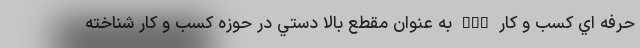
حرفه اي كسب و كار DBA به عنوان مقطع بالا دستي در حوزه كسب و كار شناخته